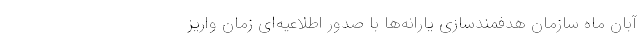
آبان ماه سازمان هدفمندسازی یارانه‌ها با صدور اطلاعیه‌ای زمان واریز